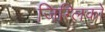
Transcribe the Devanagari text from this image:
जिग्लिको